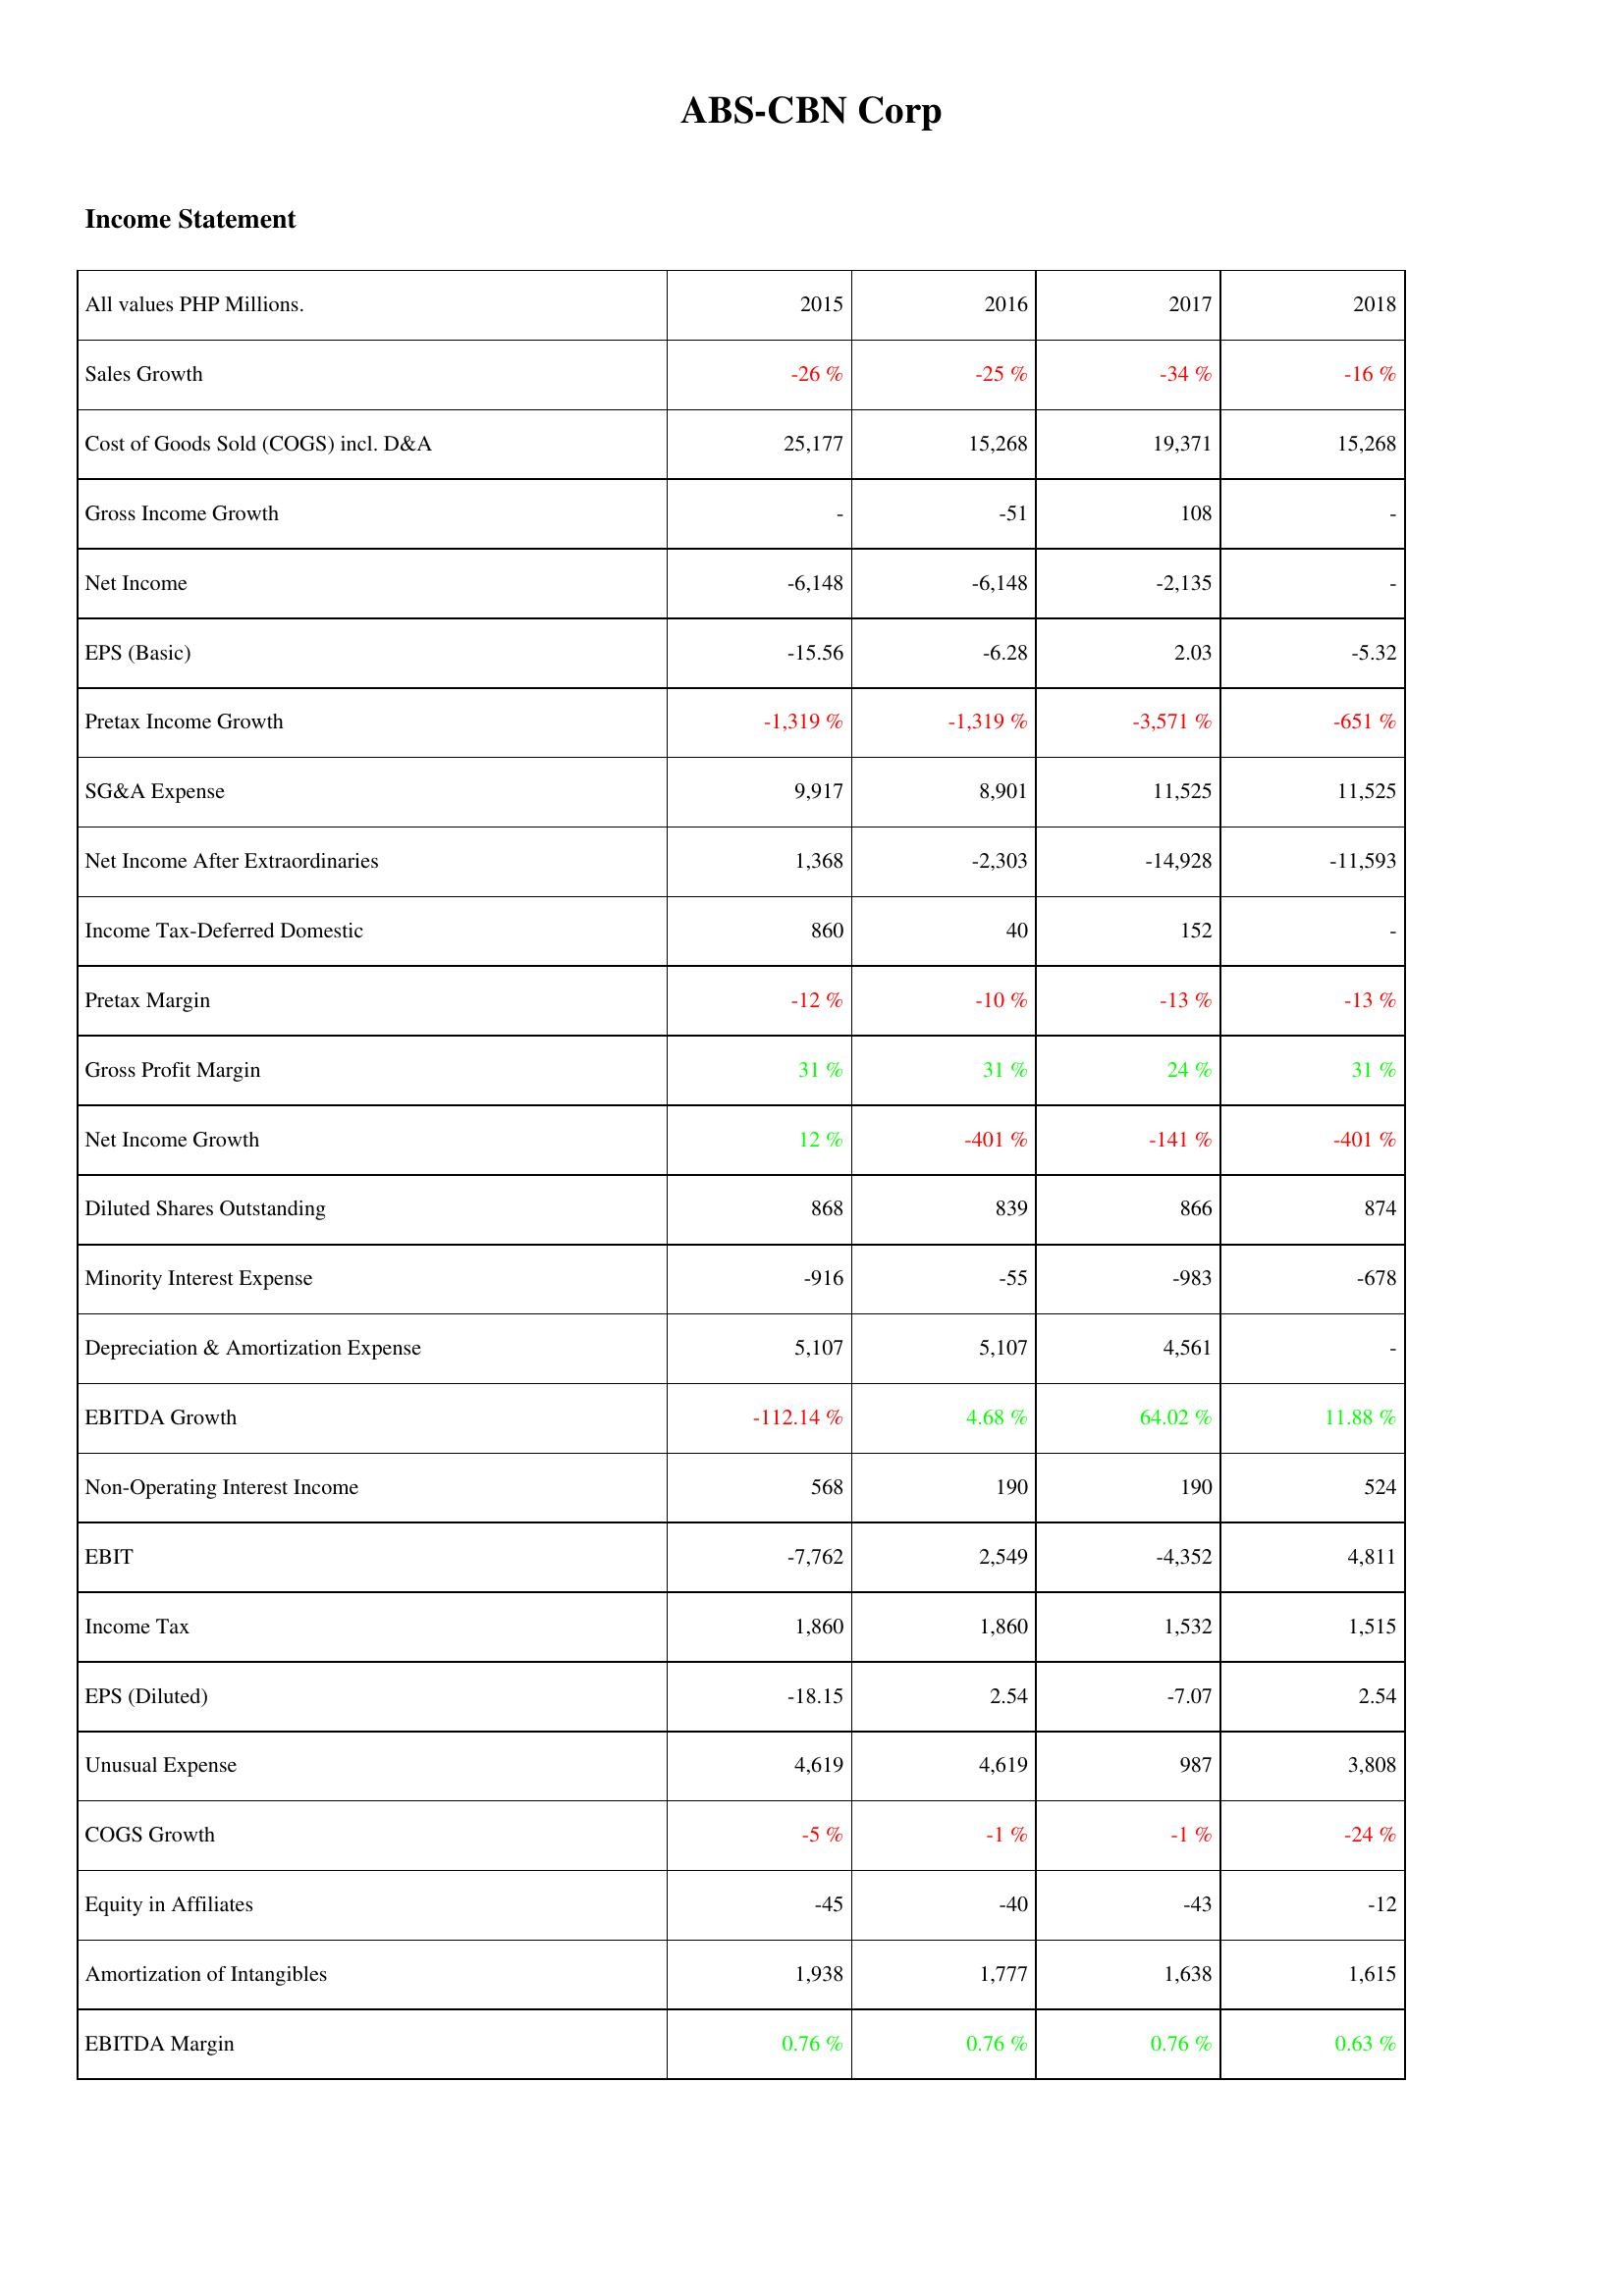
2015: Income Statement: Sales Growth: -26 %
Cost of Goods Sold (COGS) incl. D&A: 25,177
Gross Income Growth: -
Net Income: -6,148
EPS (Basic): -15.56
Pretax Income Growth: -1,319 %
SG&A Expense: 9,917
Net Income After Extraordinaries: 1,368
Income Tax-Deferred Domestic: 860
Pretax Margin: -12 %
Gross Profit Margin: 31 %
Net Income Growth: 12 %
Diluted Shares Outstanding: 868
Minority Interest Expense: -916
Depreciation & Amortization Expense: 5,107
EBITDA Growth: -112.14 %
Non-Operating Interest Income: 568
EBIT: -7,762
Income Tax: 1,860
EPS (Diluted): -18.15
Unusual Expense: 4,619
COGS Growth: -5 %
Equity in Affiliates: -45
Amortization of Intangibles: 1,938
EBITDA Margin: 0.76 %
2016: Income Statement: Sales Growth: -25 %
Cost of Goods Sold (COGS) incl. D&A: 15,268
Gross Income Growth: -51
Net Income: -6,148
EPS (Basic): -6.28
Pretax Income Growth: -1,319 %
SG&A Expense: 8,901
Net Income After Extraordinaries: -2,303
Income Tax-Deferred Domestic: 40
Pretax Margin: -10 %
Gross Profit Margin: 31 %
Net Income Growth: -401 %
Diluted Shares Outstanding: 839
Minority Interest Expense: -55
Depreciation & Amortization Expense: 5,107
EBITDA Growth: 4.68 %
Non-Operating Interest Income: 190
EBIT: 2,549
Income Tax: 1,860
EPS (Diluted): 2.54
Unusual Expense: 4,619
COGS Growth: -1 %
Equity in Affiliates: -40
Amortization of Intangibles: 1,777
EBITDA Margin: 0.76 %
2017: Income Statement: Sales Growth: -34 %
Cost of Goods Sold (COGS) incl. D&A: 19,371
Gross Income Growth: 108
Net Income: -2,135
EPS (Basic): 2.03
Pretax Income Growth: -3,571 %
SG&A Expense: 11,525
Net Income After Extraordinaries: -14,928
Income Tax-Deferred Domestic: 152
Pretax Margin: -13 %
Gross Profit Margin: 24 %
Net Income Growth: -141 %
Diluted Shares Outstanding: 866
Minority Interest Expense: -983
Depreciation & Amortization Expense: 4,561
EBITDA Growth: 64.02 %
Non-Operating Interest Income: 190
EBIT: -4,352
Income Tax: 1,532
EPS (Diluted): -7.07
Unusual Expense: 987
COGS Growth: -1 %
Equity in Affiliates: -43
Amortization of Intangibles: 1,638
EBITDA Margin: 0.76 %
2018: Income Statement: Sales Growth: -16 %
Cost of Goods Sold (COGS) incl. D&A: 15,268
Gross Income Growth: -
Net Income: -
EPS (Basic): -5.32
Pretax Income Growth: -651 %
SG&A Expense: 11,525
Net Income After Extraordinaries: -11,593
Income Tax-Deferred Domestic: -
Pretax Margin: -13 %
Gross Profit Margin: 31 %
Net Income Growth: -401 %
Diluted Shares Outstanding: 874
Minority Interest Expense: -678
Depreciation & Amortization Expense: -
EBITDA Growth: 11.88 %
Non-Operating Interest Income: 524
EBIT: 4,811
Income Tax: 1,515
EPS (Diluted): 2.54
Unusual Expense: 3,808
COGS Growth: -24 %
Equity in Affiliates: -12
Amortization of Intangibles: 1,615
EBITDA Margin: 0.63 %